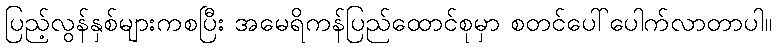
ပြည့်လွန်နှစ်များကစပြီး အမေရိကန်ပြည်ထောင်စုမှာ စတင်ပေါ်ပေါက်လာတာပါ။